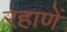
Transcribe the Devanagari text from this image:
रहाणें